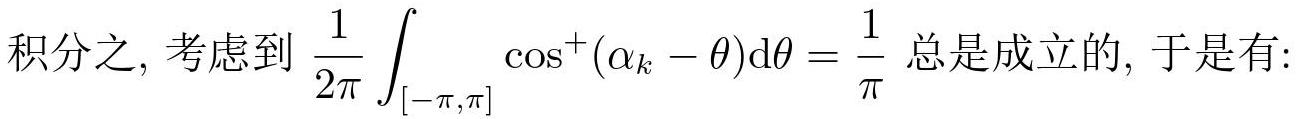
积分之, 考虑到 $\frac{1}{2\pi} \int_{[-\pi,\pi]} \cos^{+}(\alpha_{k} - \theta)\mathrm{d}\theta = \frac{1}{\pi}$ 总是成立的, 于是有: